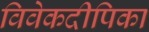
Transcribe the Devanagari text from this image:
विवेकदीपिका